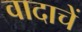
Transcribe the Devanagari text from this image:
वादाचें